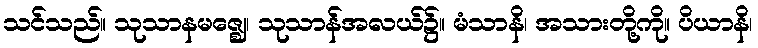
သင်သည်။ သုသာနမဇ္ဈေ၊ သုသာန်အလယ်၌။ မံသာနိ၊ အသားတို့ကို။ ပိယာနိ၊